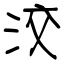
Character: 洨